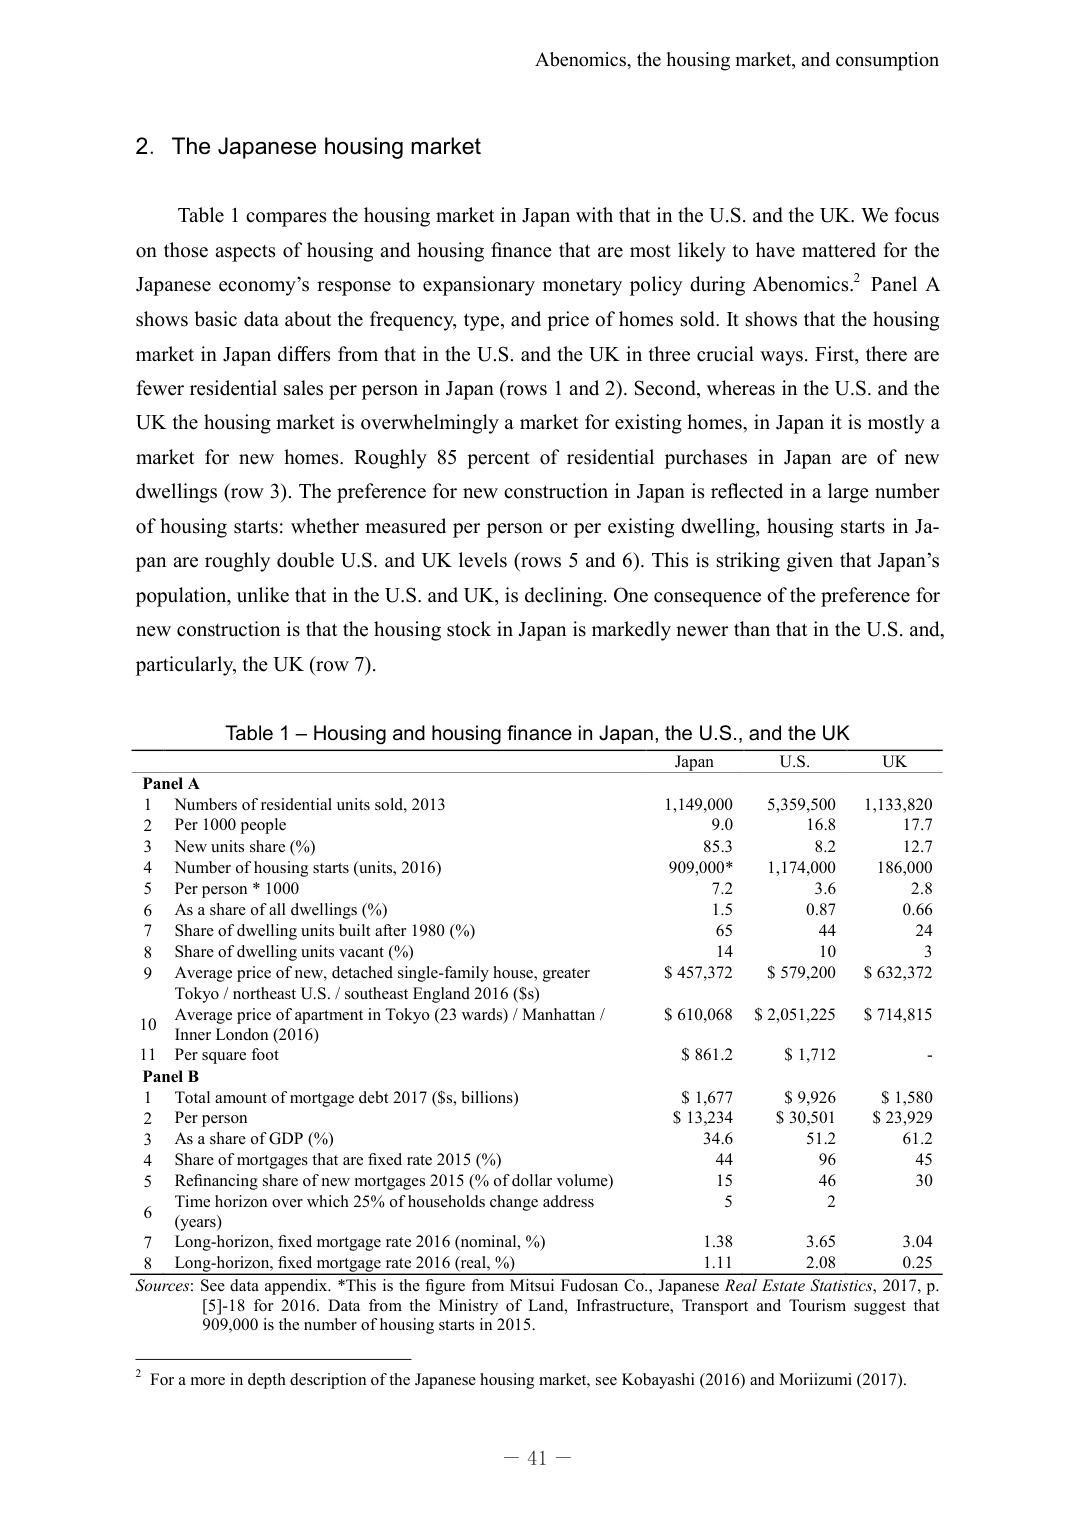
Abenomics, the housing market, and consumption

2. The Japanese housing market

Table 1 compares the housing market in Japan with that in the U.S. and the UK. We focus on those aspects of housing and housing finance that are most likely to have mattered for the Japanese economy’s response to expansionary monetary policy during Abenomics.² Panel A shows basic data about the frequency, type, and price of homes sold. It shows that the housing market in Japan differs from that in the U.S. and the UK in three crucial ways. First, there are fewer residential sales per person in Japan (rows 1 and 2). Second, whereas in the U.S. and the UK the housing market is overwhelmingly a market for existing homes, in Japan it is mostly a market for new homes. Roughly 85 percent of residential purchases in Japan are of new dwellings (row 3). The preference for new construction in Japan is reflected in a large number of housing starts: whether measured per person or per existing dwelling, housing starts in Japan are roughly double U.S. and UK levels (rows 5 and 6). This is striking given that Japan’s population, unlike that in the U.S. and UK, is declining. One consequence of the preference for new construction is that the housing stock in Japan is markedly newer than that in the U.S. and, particularly, the UK (row 7).

Table 1 – Housing and housing finance in Japan, the U.S., and the UK

Panel A
1 Numbers of residential units sold, 2013 1,149,000 5,359,500 1,133,820
2 Per 1000 people 9.0 16.8 17.7
3 New units share (%) 85.3 8.2 12.7
4 Number of housing starts (units, 2016) 909,000* 1,174,000 186,000
5 Per person * 1000 7.2 3.6 2.8
6 As a share of all dwellings (%) 1.5 0.87 0.66
7 Share of dwelling units built after 1980 (%) 65 44 24
8 Share of dwelling units vacant (%) 14 10 3
9 Average price of new, detached single-family house, greater Tokyo / northeast U.S. / southeast England 2016 ($s) $ 457,372 $ 579,200 $ 632,372
10 Average price of apartment in Tokyo (23 wards) / Manhattan / Inner London (2016) $ 610,068 $ 2,051,225 $ 714,815
11 Per square foot $ 861.2 $ 1,712 -

Panel B
1 Total amount of mortgage debt 2017 ($s, billions) $ 1,677 $ 9,926 $ 1,580
2 Per person $ 13,234 $ 30,501 $ 23,929
3 As a share of GDP (%) 34.6 51.2 61.2
4 Share of mortgages that are fixed rate 2015 (%) 44 96 45
5 Refinancing share of new mortgages 2015 (% of dollar volume) 15 46 30
6 Time horizon over which 25% of households change address (years) 5 2
7 Long-horizon, fixed mortgage rate 2016 (nominal, %) 1.38 3.65 3.04
8 Long-horizon, fixed mortgage rate 2016 (real, %) 1.11 2.08 0.25

Sources: See data appendix. *This is the figure from Mitsui Fudosan Co., Japanese Real Estate Statistics, 2017, p. [5]-18 for 2016. Data from the Ministry of Land, Infrastructure, Transport and Tourism suggest that 909,000 is the number of housing starts in 2015.

² For a more in depth description of the Japanese housing market, see Kobayashi (2016) and Morizumi (2017).

— 41 —